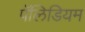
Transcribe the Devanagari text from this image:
पॅलिडियम